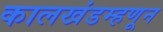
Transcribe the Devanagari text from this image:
कालखंडम्हणून